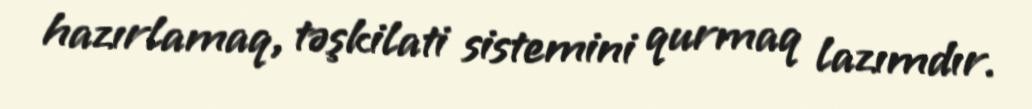
hazırlamaq, təşkilati sistemini qurmaq lazımdır.